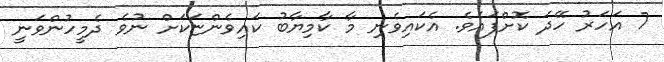
7 އަހަރު ހޭދަ ކޮށްފައެވެ. އެކައިވެނި މާ ކާމިޔާބު ކައިވެންޏަކަށް ނުވެ ދެމީހުންވަނީ